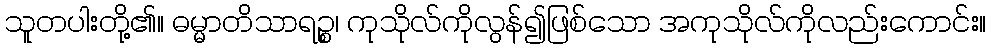
သူတပါးတို့၏။ ဓမ္မာတိသာရဉ္စ၊ ကုသိုလ်ကိုလွန်၍ဖြစ်သော အကုသိုလ်ကိုလည်းကောင်း။